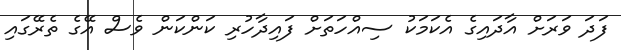
ފަދަ ވަރަށް އާދައިގެ އެކަމަކު ސިއްހަތަށް ފައިދާހުރި ކަންކަން ވެސް އޭގެ ތެރޭގައި